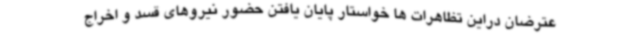
عترضان دراین تظاهرات ها خواستار پایان یافتن حضور نیروهای قسد و اخراج